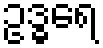
ဥဒ္ဓရေ